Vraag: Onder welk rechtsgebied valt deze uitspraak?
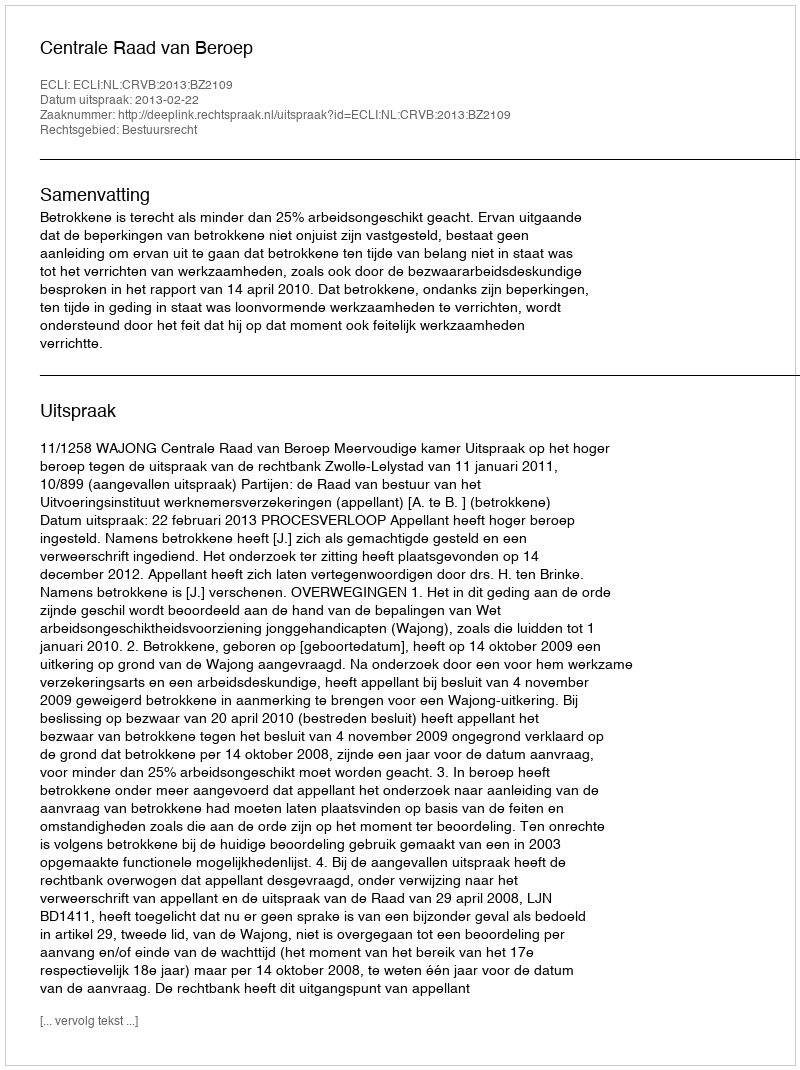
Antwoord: Bestuursrecht